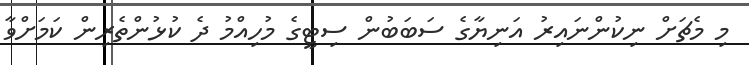
މި މެޗަށް ނިކުންނައިރު އަނިޔާގެ ސަބަބުން ސިޓީގެ މުހިއްމު ދެ ކުޅުންތެރިން ކަމަށްވާ